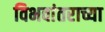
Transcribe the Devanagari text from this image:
विभवांतराच्या